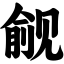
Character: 觎